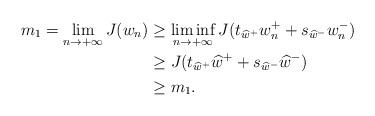
LaTeX: \begin{align*}m_1=\lim_{n\rightarrow +\infty}J(w_n)& \geq \liminf_{n\rightarrow +\infty}J(t_{\widehat{w}^+}w^+_n+s_{\widehat{w}^-}w^-_n)\\& \geq J(t_{\widehat{w}^+}\widehat{w}^++s_{\widehat{w}^-}\widehat{w}^-)\\& \geq m_1.\end{align*}